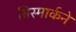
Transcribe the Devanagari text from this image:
बिस्मार्कने